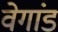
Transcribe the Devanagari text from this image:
वेगांड